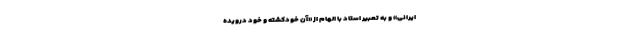
ایرانی» و به تعبیر استاد با الهام از «آن خود‌کِشته و خود دِرَویده